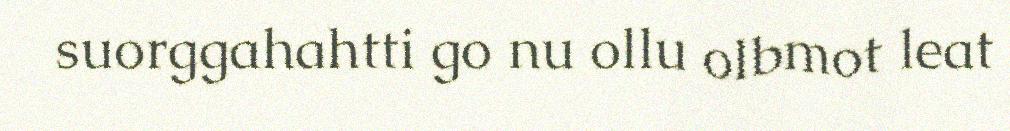
suorggahahtti go nu ollu olbmot leat